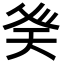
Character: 𭼾